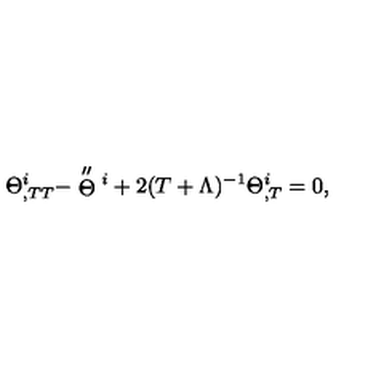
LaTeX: \Theta _ { , T T } ^ { i } - \stackrel { \scriptstyle \prime \prime } { \Theta } \vphantom { \Theta } ^ { i } + 2 ( T + \Lambda ) ^ { - 1 } \Theta _ { , T } ^ { i } = 0 ,